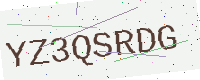
Text: YZ3QSRDG